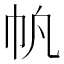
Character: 𫶿